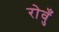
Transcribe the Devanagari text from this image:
रोवुँ